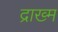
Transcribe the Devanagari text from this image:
द्राख्म